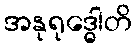
အနုရုဒ္ဓေါတိ